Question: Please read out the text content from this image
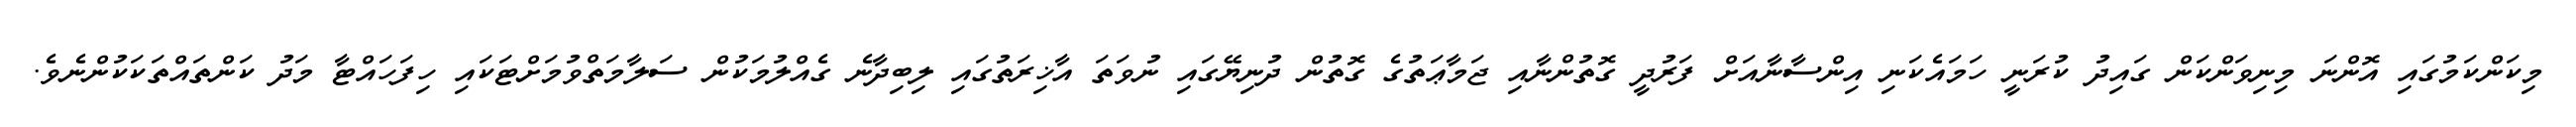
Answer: މިކަންކަމުގައި އޮންނަ މިނިވަންކަން ގައިދު ކުރަނީ ހަމައެކަނި އިންސާނާއަށް ފަރުދީ ގޮތުންނާއި ޖަމާޢަތުގެ ގޮތުން ދުނިޔޭގައި ނުވަތަ އާޚިރަތުގައި ލިބިދާނެ ގެއްލުމަކުން ސަލާމަތްވުމަށްޓަކައި ހިފަހައްޓާ މަދު ކަންތައްތަކަކުންނެވެ.